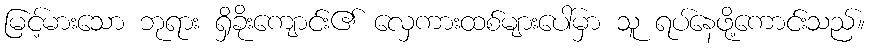
မြင့်မားသော ဘုရား ရှိခိုးကျောင်း၏ လှေကားထစ်များပေါ်မှာ သူ ရပ်နေဖို့ကောင်းသည်။